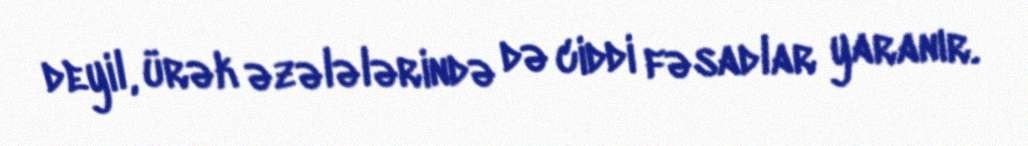
deyil, ürək əzələlərində də ciddi fəsadlar yaranır.